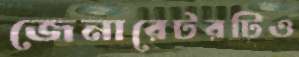
জেনারেটরটিও